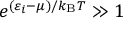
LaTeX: e ^ { ( \varepsilon _ { i } - \mu ) / k _ { \mathrm { { B } } } T } \gg 1